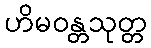
ဟိမဝန္တသုတ္တ